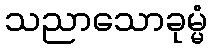
သညာသောခုမ္မံ